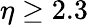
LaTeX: \eta\geq 2.3